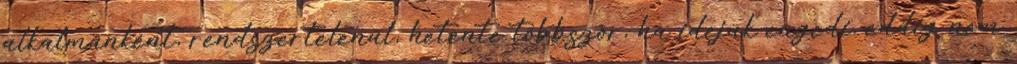
alkalmanként, rendszertelenül, hetente többször, ha idejük engedi, eddig nem